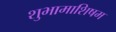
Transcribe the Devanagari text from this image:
शुभामाशिषम